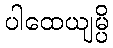
ပါထေယျမ္ပိ